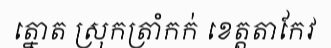
ត្នោត ស្រុកត្រាំកក់ ខេត្តតាកែវ